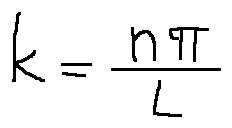
k = \frac { n \pi } { L }